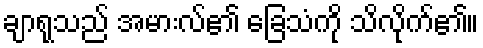
ချာရုသည် အမားလ်၏ ခြေသံကို သိလိုက်၏။